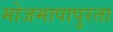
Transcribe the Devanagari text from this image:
मोजमापापुरता